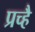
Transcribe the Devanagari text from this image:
प्रच्है